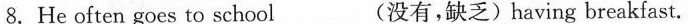
8.He often goes to school_________(没有,缺乏)having breakfast.